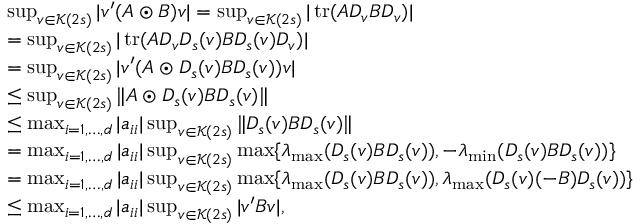
\begin{array} { r l } & { \operatorname* { s u p } _ { v \in \mathcal { K } ( 2 s ) } | v ^ { \prime } ( A \odot B ) v | = \operatorname* { s u p } _ { v \in \mathcal { K } ( 2 s ) } | \operatorname { t r } ( A D _ { v } B D _ { v } ) | } \\ & { = \operatorname* { s u p } _ { v \in \mathcal { K } ( 2 s ) } | \operatorname { t r } ( A D _ { v } D _ { s } ( v ) B D _ { s } ( v ) D _ { v } ) | } \\ & { = \operatorname* { s u p } _ { v \in \mathcal { K } ( 2 s ) } | v ^ { \prime } ( A \odot D _ { s } ( v ) B D _ { s } ( v ) ) v | } \\ & { \leq \operatorname* { s u p } _ { v \in \mathcal { K } ( 2 s ) } \| A \odot D _ { s } ( v ) B D _ { s } ( v ) \| } \\ & { \leq \operatorname* { m a x } _ { i = 1 , \dots , d } | a _ { i i } | \operatorname* { s u p } _ { v \in \mathcal { K } ( 2 s ) } \| D _ { s } ( v ) B D _ { s } ( v ) \| } \\ & { = \operatorname* { m a x } _ { i = 1 , \dots , d } | a _ { i i } | \operatorname* { s u p } _ { v \in \mathcal { K } ( 2 s ) } \operatorname* { m a x } \{ \lambda _ { \operatorname* { m a x } } ( D _ { s } ( v ) B D _ { s } ( v ) ) , - \lambda _ { \operatorname* { m i n } } ( D _ { s } ( v ) B D _ { s } ( v ) ) \} } \\ & { = \operatorname* { m a x } _ { i = 1 , \dots , d } | a _ { i i } | \operatorname* { s u p } _ { v \in \mathcal { K } ( 2 s ) } \operatorname* { m a x } \{ \lambda _ { \operatorname* { m a x } } ( D _ { s } ( v ) B D _ { s } ( v ) ) , \lambda _ { \operatorname* { m a x } } ( D _ { s } ( v ) ( - B ) D _ { s } ( v ) ) \} } \\ & { \leq \operatorname* { m a x } _ { i = 1 , \dots , d } | a _ { i i } | \operatorname* { s u p } _ { v \in \mathcal { K } ( 2 s ) } | v ^ { \prime } B v | , } \end{array}